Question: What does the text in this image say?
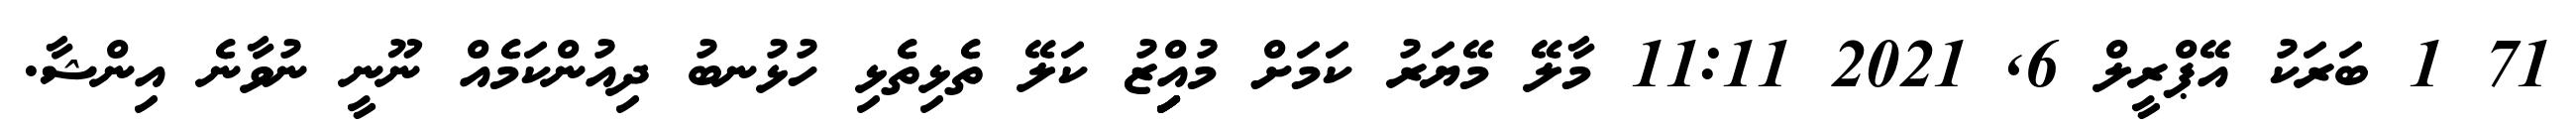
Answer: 71 1 ބަރަކު އޭޕްރީލް 6, 2021 11:11 މާލޭ މޭޔަރު ކަމަށް މުއިިިިިްޒު ކަލޭ ތެޅިތެޅި ހުޅުނބު ދިއުންކަމެއް ނޫނީ ނުވާނެ އިންޝާ.